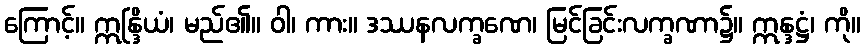
ကြောင့်။ ဣန္ဒြိယံ၊ မည်၏။ ဝါ၊ ကား။ ဒဿနလက္ခဏေ၊ မြင်ခြင်းလက္ခဏာ၌။ ဣန္ဒဋ္ဌံ၊ ကို။